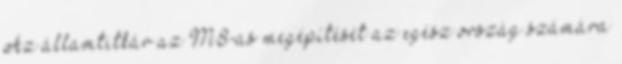
Az államtitkár az M8-as megépítését az egész ország számára